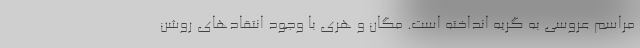
مراسم عروسی به گریه انداخته است. مگان و هری با وجود انتقادهای روشن